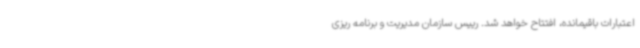
اعتبارات باقیمانده، افتتاح خواهد شد. رییس سازمان مدیریت و برنامه ریزی